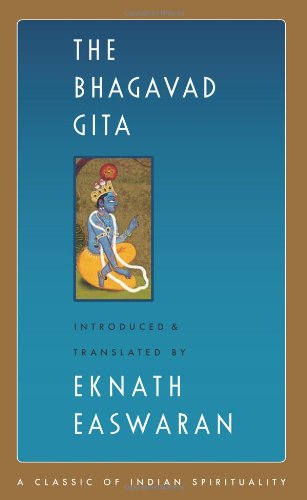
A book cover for The Bhagavad Gita (Classics of Indian Spirituality); Health, Fitness & Dieting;